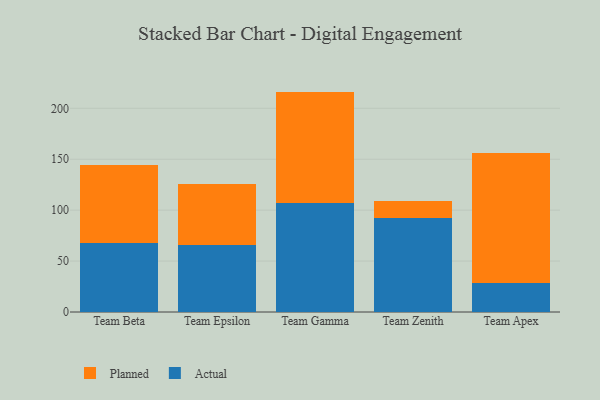
{"axis": {"x": "Team", "y": "Market Share (%)"}, "legend": ["Actual", "Planned"], "data": [{"x": "Team Beta", "y": 67.6, "type": "Actual"}, {"x": "Team Beta", "y": 77.2, "type": "Planned"}, {"x": "Team Epsilon", "y": 66.0, "type": "Actual"}, {"x": "Team Epsilon", "y": 60.0, "type": "Planned"}, {"x": "Team Gamma", "y": 107.2, "type": "Actual"}, {"x": "Team Gamma", "y": 109.2, "type": "Planned"}, {"x": "Team Zenith", "y": 91.9, "type": "Actual"}, {"x": "Team Zenith", "y": 16.6, "type": "Planned"}, {"x": "Team Apex", "y": 28.7, "type": "Actual"}, {"x": "Team Apex", "y": 127.8, "type": "Planned"}]}